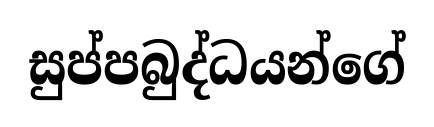
සුප්පබුද්ධයන්ගේ